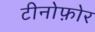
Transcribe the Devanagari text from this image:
टीनोफ़ोर